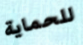
للحماية